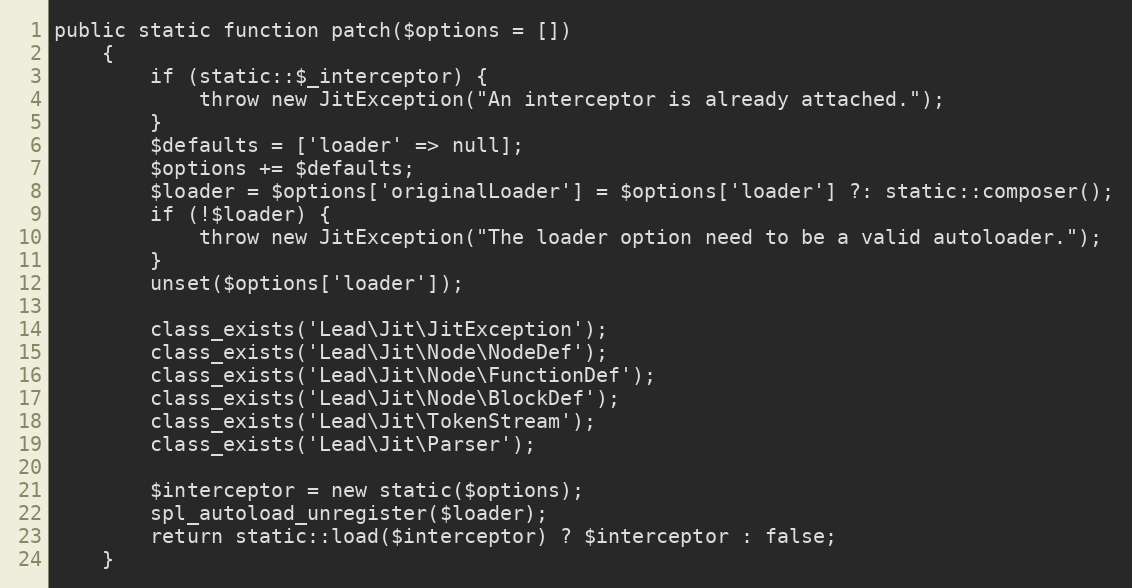
Language: PHP
public static function patch($options = [])
    {
        if (static::$_interceptor) {
            throw new JitException("An interceptor is already attached.");
        }
        $defaults = ['loader' => null];
        $options += $defaults;
        $loader = $options['originalLoader'] = $options['loader'] ?: static::composer();
        if (!$loader) {
            throw new JitException("The loader option need to be a valid autoloader.");
        }
        unset($options['loader']);

        class_exists('Lead\Jit\JitException');
        class_exists('Lead\Jit\Node\NodeDef');
        class_exists('Lead\Jit\Node\FunctionDef');
        class_exists('Lead\Jit\Node\BlockDef');
        class_exists('Lead\Jit\TokenStream');
        class_exists('Lead\Jit\Parser');

        $interceptor = new static($options);
        spl_autoload_unregister($loader);
        return static::load($interceptor) ? $interceptor : false;
    }